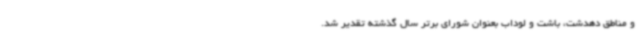
و مناطق دهدشت، باشت و لوداب بعنوان شورای برتر سال گذشته تقدیر شد.